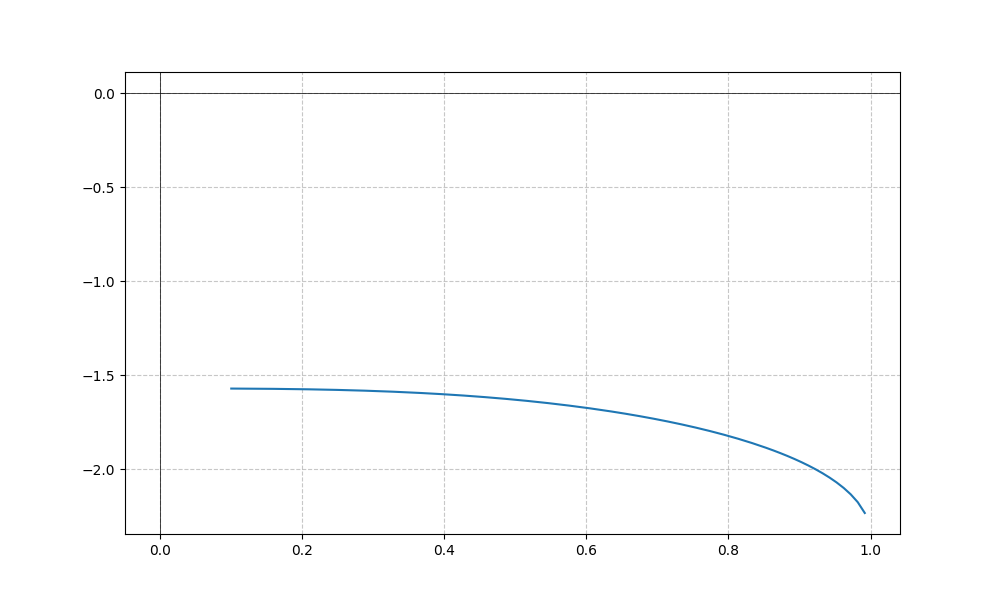
LaTeX formula: - \operatorname{acos}{\left(- x \right)} + \operatorname{atan}{\left(x \right)}